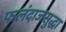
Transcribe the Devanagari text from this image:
फलंदाजसुद्धा